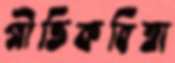
গীতিকবিতা